Annual report of the Punjab Veterinary College and of the Civil Veterinary Department, Punjab - 1894-1908
Year: 1894
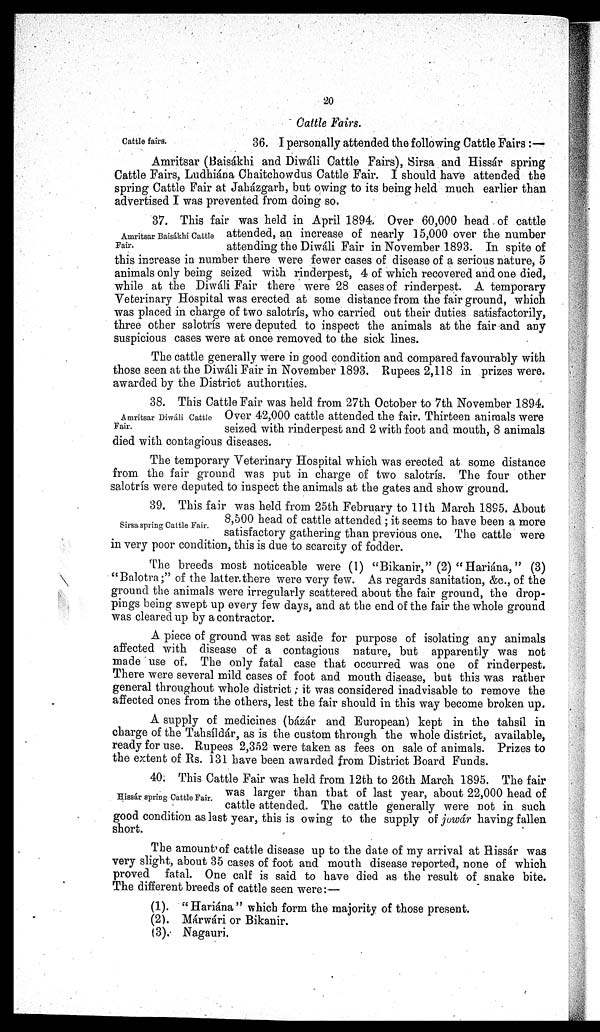
20
Cattle Fairs.
Cattle fairs.
36. I personally attended the following Cattle Fairs:—
Amritsar (Baisákhi and Diwáli Cattle Fairs), Sirsa and Hissár spring
Cattle Fairs, Ludhiána Chaitchowdus Cattle Fair. I should have attended the
spring Cattle Fair at Jaházgarh, but owing to its being held much earlier than
advertised I was prevented from doing so.
Amritsar Baisákhi Cattle
Fair.
37. This fair was held in April 1894. Over 60,000 head of cattle
attended, an increase of nearly 15,000 over the number
attending the Diwáli Fair in November 1893. In spite of
this increase in number there were fewer cases of disease of a serious nature, 5
animals only being seized with rinderpest, 4 of which recovered and one died,
while at the Diwáli Fair there were 28 cases of rinderpest. A temporary
Veterinary Hospital was erected at some distance from the fair ground, which
was placed in charge of two salotrís, who carried out their duties satisfactorily,
three other salotrís were deputed to inspect the animals at the fair and any
suspicious cases were at once removed to the sick lines.
The cattle generally were in good condition and compared favourably with
those seen at the Diwáli Fair in November 1893. Rupees 2,118 in prizes were
awarded by the District authorities.
Amritsar Diwáli Cattle
Fair.
38. This Cattle Fair was held from 27th October to 7th November 1894.
Over 42,000 cattle attended the fair. Thirteen animals were
seized with rinderpest and 2 with foot and mouth, 8 animals
died with contagious diseases.
The temporary Veterinary Hospital which was erected at some distance
from the fair ground was put in charge of two salotrís. The four other
salotrís were deputed to inspect the animals at the gates and show ground.
Sirsa spring Cattle Fair.
39. This fair was held from 25th February to 11th March 1895. About
8,500 head of cattle attended; it seems to have been a more
satisfactory gathering than previous one. The cattle were
in very poor condition, this is due to scarcity of fodder.
The breeds most noticeable were (1) "Bikanir," (2) "Hariána," (3)
"Balotra;" of the latter there were very few. As regards sanitation, &c., of the
ground the animals were irregularly scattered about the fair ground, the drop-
pings being swept up every few days, and at the end of the fair the whole ground
was cleared up by a contractor.
A piece of ground was set aside for purpose of isolating any animals
affected with disease of a contagious nature, but apparently was not
made use of. The only fatal case that occurred was one of rinderpest.
There were several mild cases of foot and mouth disease, but this was rather
general throughout whole district; it was considered inadvisable to remove the
affected ones from the others, lest the fair should in this way become broken up.
A supply of medicines (bázár and European) kept in the tahsil in
charge of the Tahsíldár, as is the custom through the whole district, available,
ready for use. Rupees 2,352 were taken as fees on sale of animals. Prizes to
the extent of Rs. 131 have been awarded from District Board Funds.
Hissár spring Cattle Fair.
40. This Cattle Fair was held from 12th to 26th March 1895. The fair
was larger than that of last year, about 22,000 head of
cattle attended. The cattle generally were not in such
good condition as last year, this is owing to the supply of jowár having fallen
short.
The amount of cattle disease up to the date of my arrival at Hissár was
very slight, about 35 cases of foot and mouth disease reported, none of which
proved fatal. One calf is said to have died as the result of snake bite.
The different breeds of cattle seen were:—
(1). "Hariána" which form the majority of those present.
(2). Márwári or Bikanir.
(3). Nagauri.